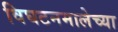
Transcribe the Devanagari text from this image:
विघटनमालेच्या